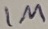
Text: 1M